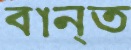
বান্ত